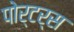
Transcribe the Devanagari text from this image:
पोर्टर्स